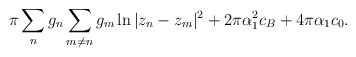
\begin{align*}\pi \sum_ng_n\sum_{m\neq n} g_m\ln|z_n-z_m|^2 + 2\pi\alpha_1^2 c_B + 4\pi\alpha_1 c_0.\end{align*}